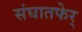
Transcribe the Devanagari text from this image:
संघातफेर्